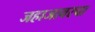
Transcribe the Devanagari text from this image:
जहाजावरचा